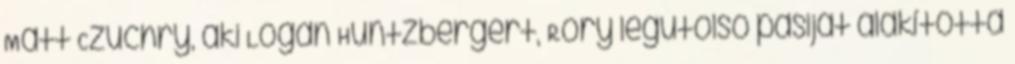
Matt Czuchry, aki Logan Huntzbergert, Rory legutolsó pasiját alakította